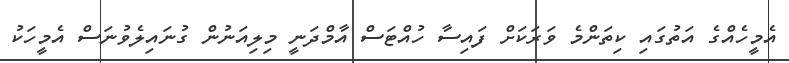
އެމީހެއްގެ އަތުގައި ކިތަންމެ ވަރަކަށް ފައިސާ ހުއްޓަސް އާމްދަނީ މިލިއަނުން ގުނައިލެވުނަސް އެމީހަކު